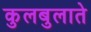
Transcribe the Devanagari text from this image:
कुलबुलाते